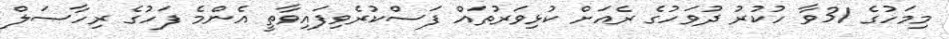
މިމަހުގެ 31ވާ ހުކުރު ދުވަހުގެ ރެއަށް ކުޅިވަރުތައް ފަސްކުރެވިފައިވާތީ އެންމެ ފަހުގެ ރިހާސަލް